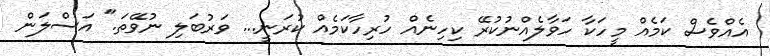
އެއްވެސް ކަމެއް މީހަކާ ހަވާލެއްނުކުރޭ ކިހިނެއް ހުރިހާކަމެއް ކުރަނީ... ވަރުބަލި ނުވޭތަ." އަސްލަން